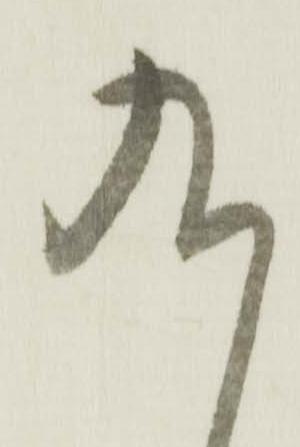
九